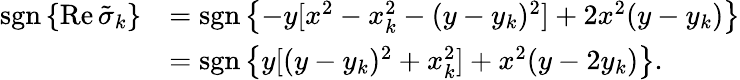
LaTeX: \begin{array}{rl}{\operatorname{sgn}\left\{ \operatorname{Re}\tilde{\sigma}_{k}\right\} }&{=\operatorname{sgn}\left\{ -y[x^{2}-x_{k}^{2}-(y-y_{k})^{2}]+2x^{2}(y-y_{k})\right\} }\\ &{=\operatorname{sgn}\left\{ y[(y-y_{k})^{2}+x_{k}^{2}]+x^{2}(y-2y_{k})\right\} .}\end{array}